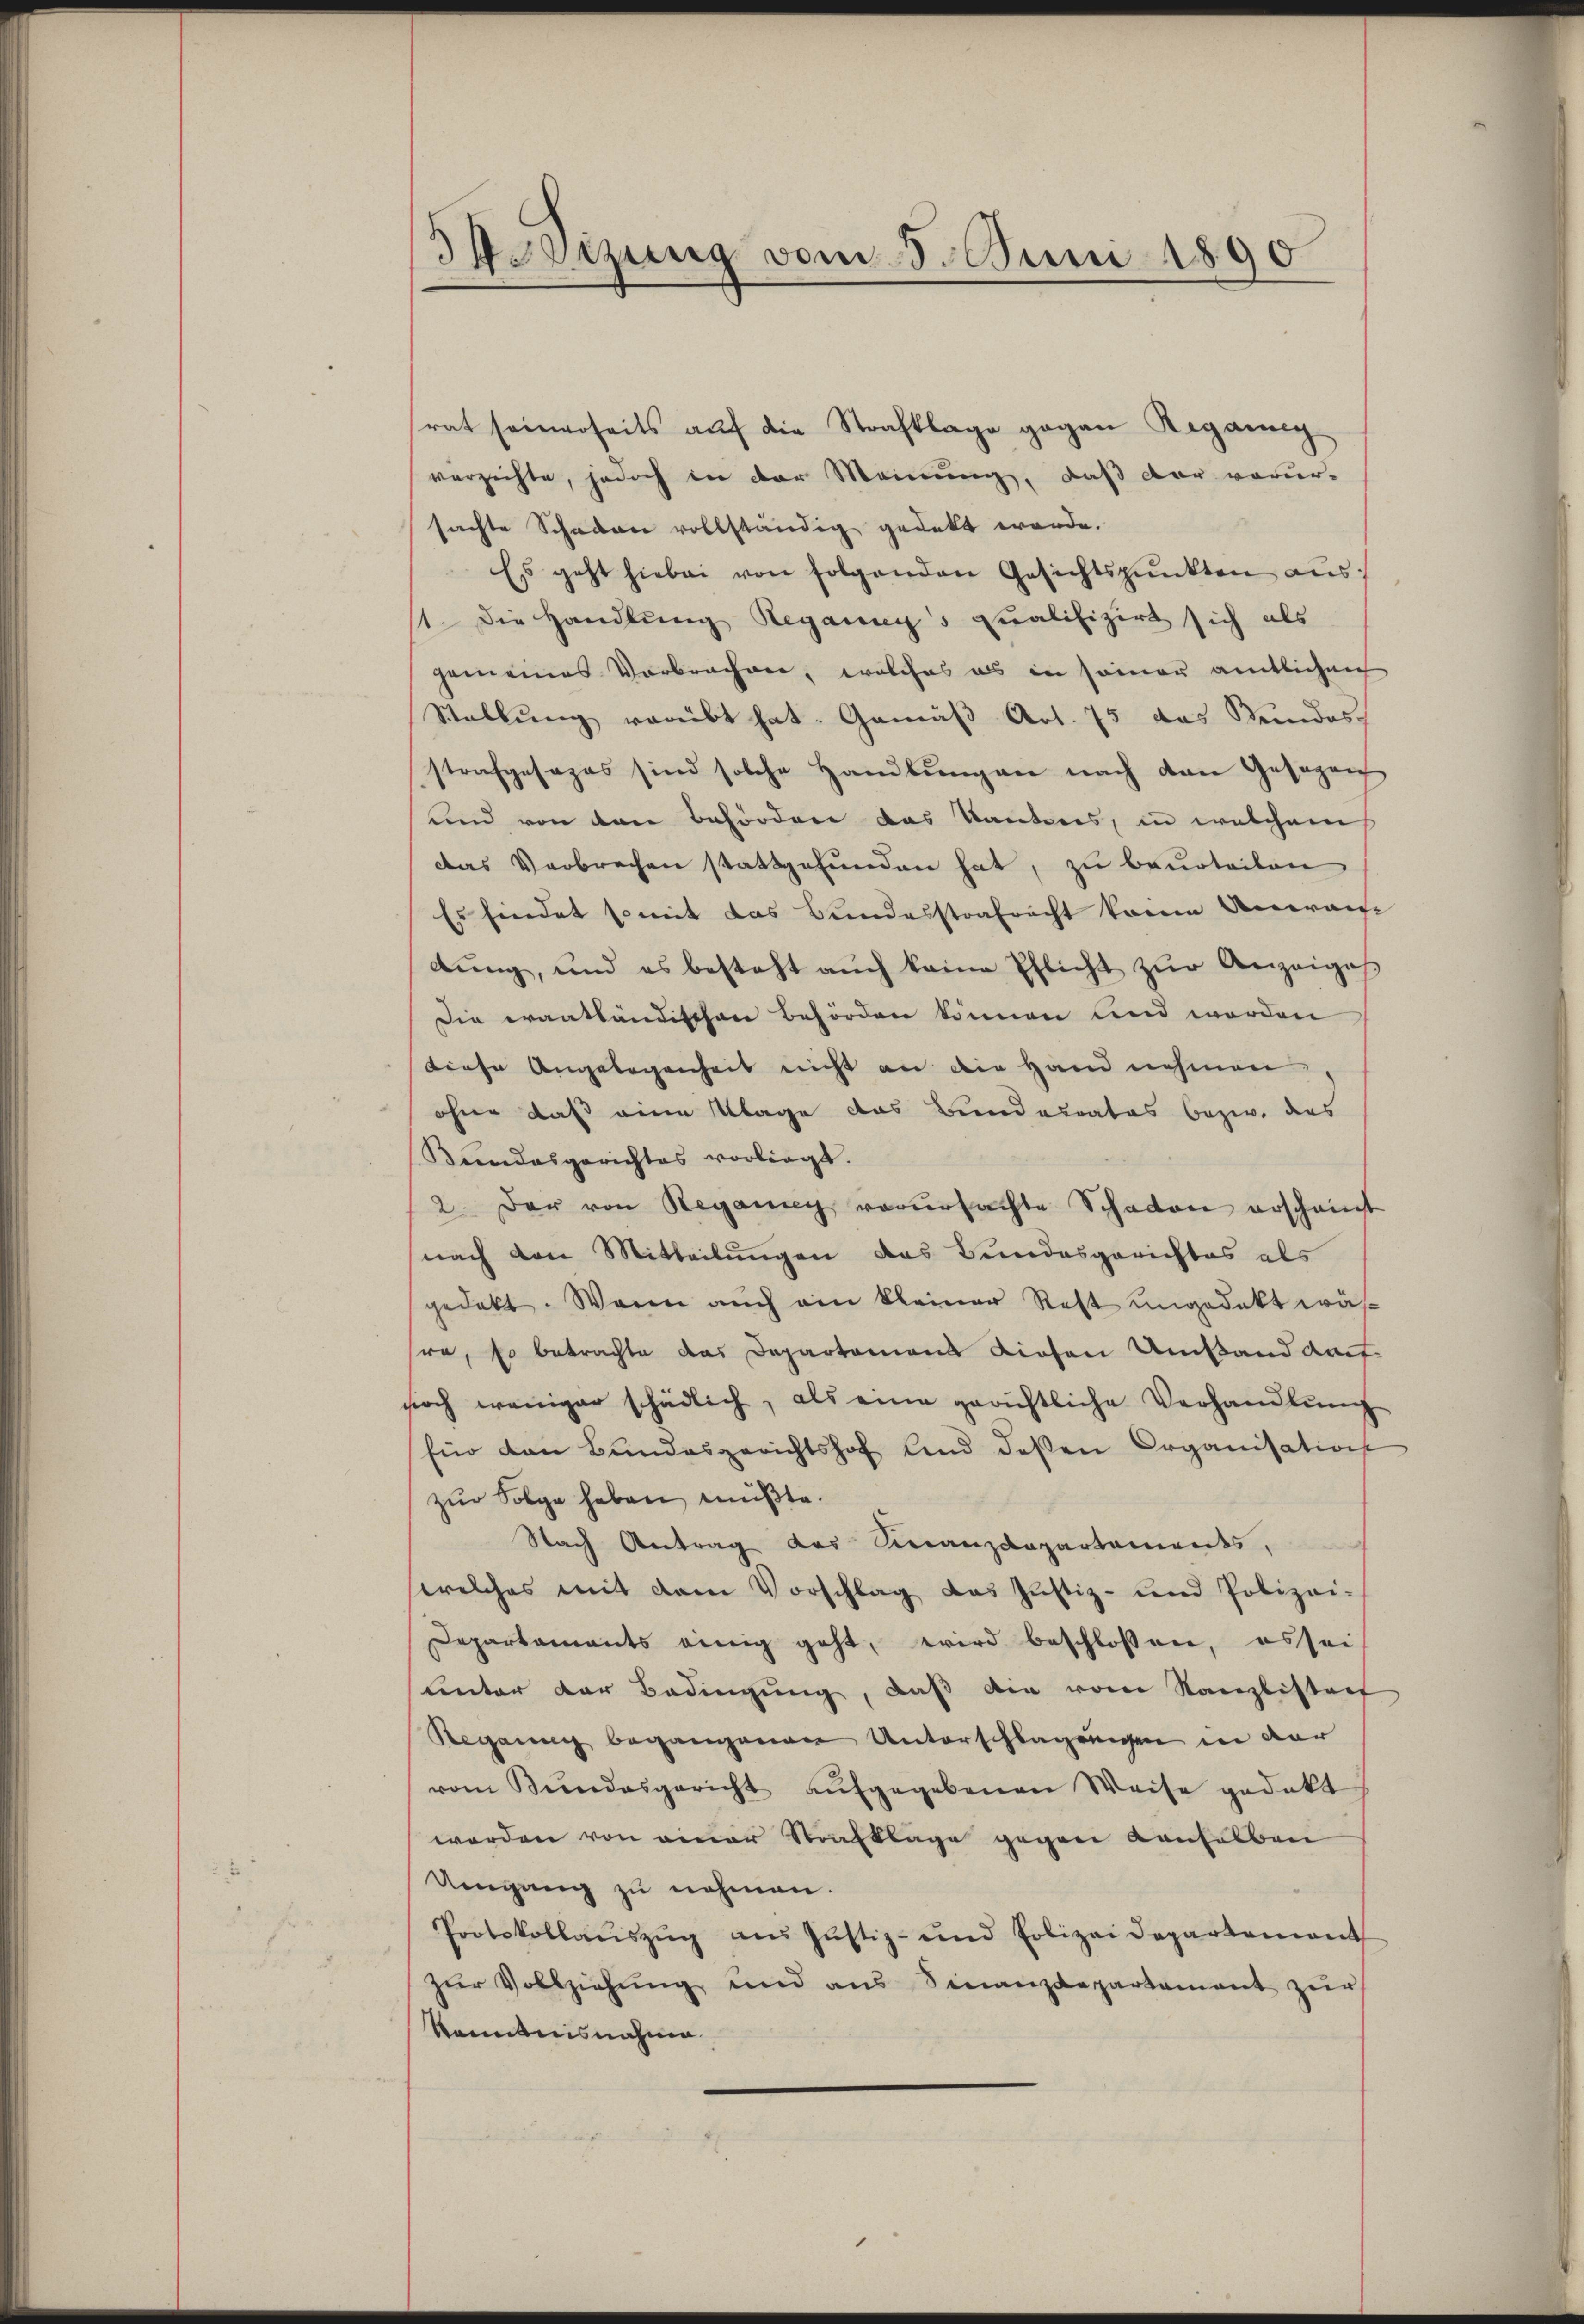
Wodizung vom 3. Juni 1890

rat seinerseits aŭf die Strafklage gegen Regaeng
verzichte, jedoch in der Meinung, daß der vorur-
sachte Schaden vollständig gedeckt werde.
Es geht hiebei von folgenden Gesichtspunkten aŭs
1. Die Handlung Reganny's qualifizirt sich als
gemeines Verbrachen, welches als in seiner amtlichen
Stellŭng verübt hat. Gemäβ Art. 75 das Steindes
strafgesezes sind solche Handlungen nach den Gesagen
und von den Behördere das Kantons, in welchem
Das Verbrechen stattgefunden hat, zu beurteilen
Es findet somit das Bundesstrafrecht keine Anwan
dŭng, und es besteht aŭch keine Pflicht zŭr Anzeiges
Die erantländischen Behörden können und werden
diese Angelegenheit nicht an die Hand nehmen,
ohne daß eine Klage das Bunderrates bezw. das
Bundesgerichtes vorliegt.
2. Der von Regang verŭrsachte Schaden erscheint
nach den Mitteilungen das Bundesgerichtes als
gedekt. Wenn auch ein kleiner Rest ungedekt währa, so betrachte das Departamens diesen Umstand Kauf-
soch weniger schädlich, als eine gerichtliche Verhandlung
Eür den Bundesgerichtshof und deßen Organisation
zŭr Folge haben müßte.
Nach Antrag des Finanzdepartements,
welches mit dem Vorschlag das Justiz- und Polizei-
Departaments einig geht, wird beschlossen, essei
unter der Bedingung, daß die vom Kanzlistett
Regung begangenen Unterschlagungen in der
vom Kindesgericht aŭfgegebenen Weise gedakt
worden von einer Strafklage gegen denselben
Umgang zu nehmen.
Protokollaŭszŭg aŭs Jŭstiz- und Polizeidepartement
zŭr Vollziehung und aus Sinanzdepartament zŭr
Kenntnisnahme